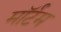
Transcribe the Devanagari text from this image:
मॉर्टम